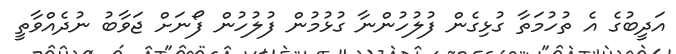
އަދީބުގެ އެ ތުހުމަތާ ގުޅިގެން ފުލުހުންނާ ގުޅުމުން ފުލުހުން ފޯނަށް ޖަވާބު ނުދެއްވާތީ